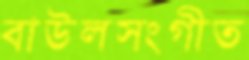
বাউলসংগীত